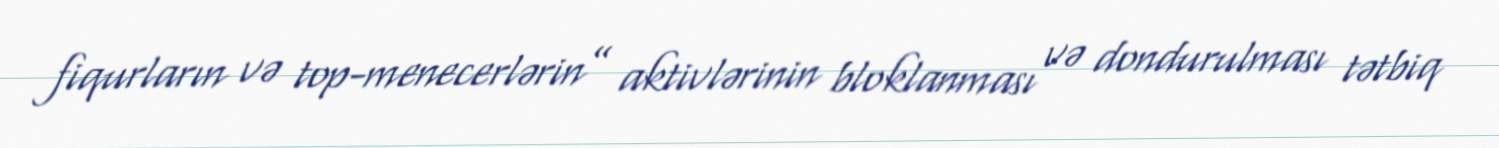
fiqurların və top-menecerlərin” aktivlərinin bloklanması və dondurulması tətbiq